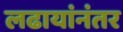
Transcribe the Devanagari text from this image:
लढायांनंतर